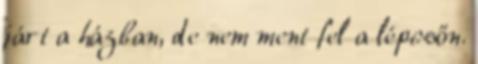
járt a házban, de nem ment fel a lépcsőn.